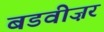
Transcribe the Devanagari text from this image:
बडवीज़र